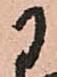
于